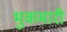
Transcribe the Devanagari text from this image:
भुकमारी